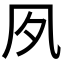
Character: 𡖆